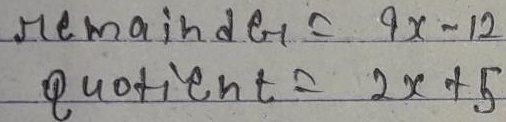
remainder \( = 4x - 12\)
quotient \( = 2x+5\)